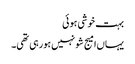
بہت خوشی ہوئی
یہاں‌امیج شو نہیں‌ہورہی تھی۔